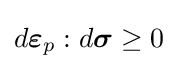
d{\boldsymbol {\varepsilon }}_{p}:d{\boldsymbol {\sigma }}\geq 0